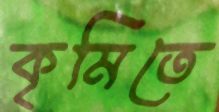
কৃমিতে